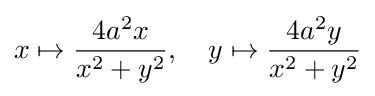
x\mapsto {\frac {4a^{2}x}{x^{2}+y^{2}}},\quad y\mapsto {\frac {4a^{2}y}{x^{2}+y^{2}}}